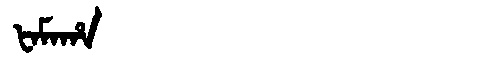
Manchu: ᡶᠠᠮᠠᡥᠠ
Romanization: FAMAHA